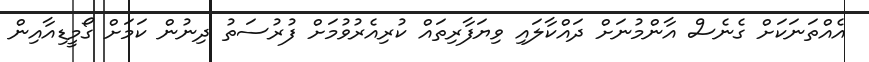
އެއްތަނަކަށް ގެނެސް އާންމުނަށް ދައްކާލައި ވިޔަފާރިތައް ކުރިއެރުވުމަށް ފުރުސަތު ދިނުން ކަމަށް ގޯމީޑިއާއިން